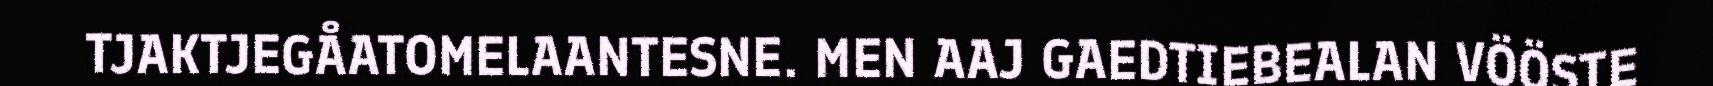
TJAKTJEGÅATOMELAANTESNE. MEN AAJ GAEDTIEBEALAN VÖÖSTE